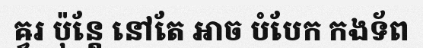
ឝ្វរ ប៉ុន្តែ នៅតែ អាច បំបែក កងទ័ព